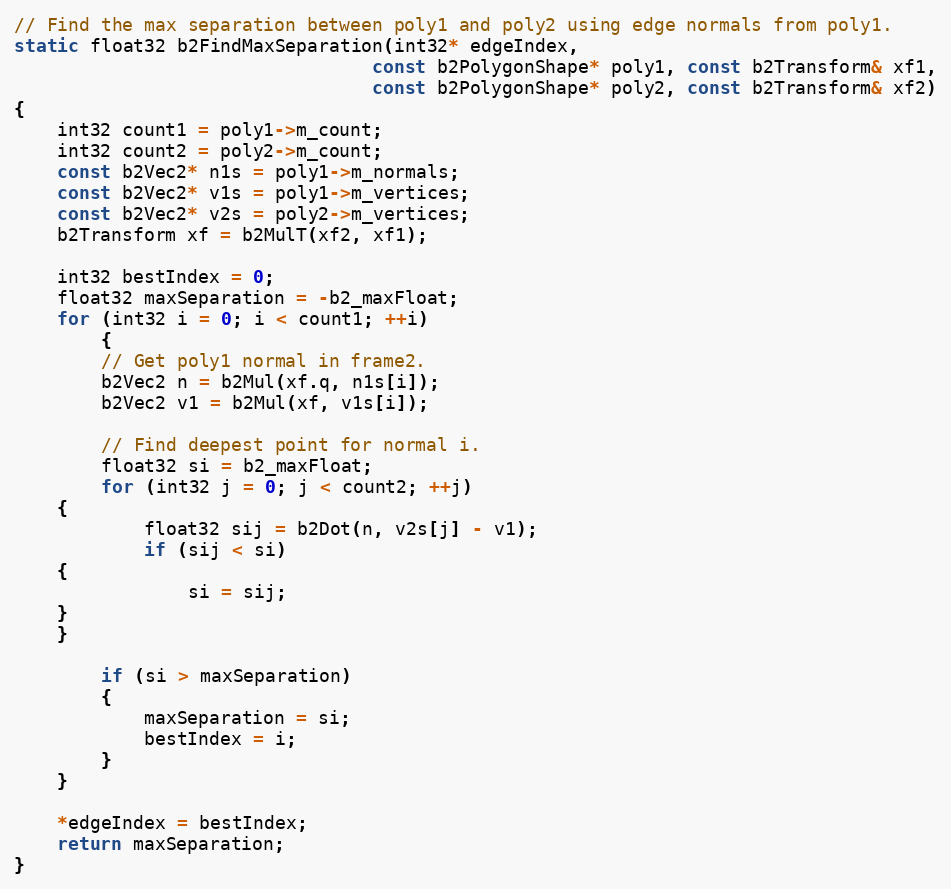
Language: C++
// Find the max separation between poly1 and poly2 using edge normals from poly1.
static float32 b2FindMaxSeparation(int32* edgeIndex,
								 const b2PolygonShape* poly1, const b2Transform& xf1,
								 const b2PolygonShape* poly2, const b2Transform& xf2)
{
	int32 count1 = poly1->m_count;
	int32 count2 = poly2->m_count;
	const b2Vec2* n1s = poly1->m_normals;
	const b2Vec2* v1s = poly1->m_vertices;
	const b2Vec2* v2s = poly2->m_vertices;
	b2Transform xf = b2MulT(xf2, xf1);

	int32 bestIndex = 0;
	float32 maxSeparation = -b2_maxFloat;
	for (int32 i = 0; i < count1; ++i)
		{
		// Get poly1 normal in frame2.
		b2Vec2 n = b2Mul(xf.q, n1s[i]);
		b2Vec2 v1 = b2Mul(xf, v1s[i]);

		// Find deepest point for normal i.
		float32 si = b2_maxFloat;
		for (int32 j = 0; j < count2; ++j)
	{
			float32 sij = b2Dot(n, v2s[j] - v1);
			if (sij < si)
	{
				si = sij;
	}
	}

		if (si > maxSeparation)
		{
			maxSeparation = si;
			bestIndex = i;
		}
	}

	*edgeIndex = bestIndex;
	return maxSeparation;
}